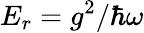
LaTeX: E_{r}=g^{2}/\hbar\omega